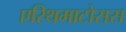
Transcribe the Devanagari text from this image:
एरिथमाटोसस